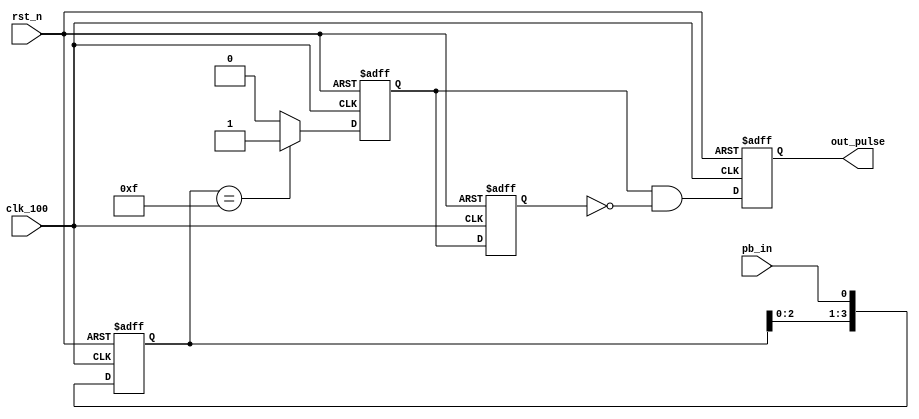

module lab7_3_debounce(
clk_100,
rst_n, 
pb_in, 
out_pulse 
);

input clk_100; 
input rst_n; 
input pb_in; 
output out_pulse; 
reg pb_debounced; 
reg [3:0] debounce_window; 
reg pb_debounced_next; 
reg out_pulse; 
reg in_trig_delay;
wire out_pulse_next;


always @(posedge clk_100 or negedge rst_n)
if (~rst_n)
debounce_window <= 4'd0;
else
debounce_window <= {debounce_window[2:0], pb_in};

always @*
if (debounce_window == 4'b1111)
pb_debounced_next = 1'b1;
else
pb_debounced_next = 1'b0;
always @(posedge clk_100 or negedge rst_n)
if (~rst_n)
pb_debounced <= 1'b0;
else
pb_debounced <= pb_debounced_next;

always @(posedge clk_100 or negedge rst_n)
if (~rst_n)
in_trig_delay <= 1'b0;
else
in_trig_delay <= pb_debounced;

assign out_pulse_next = pb_debounced &
(~in_trig_delay);
always @(posedge clk_100 or negedge rst_n)
if (~rst_n)
out_pulse <=1'b0;
else
out_pulse <= out_pulse_next;


endmodule